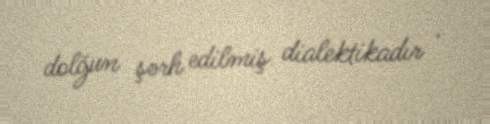
dolğun şərh edilmiş dialektikadır .